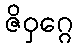
ဇိဝှဂ္ဂေ